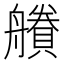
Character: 𧷽